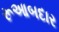
રૂઆબદાર